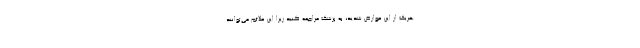
هریک از این عوارض شدید، به پزشک مراجعه کنید زیرا این علائم می‌توانند